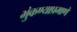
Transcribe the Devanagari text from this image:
भुंकण्याप्रमाणे